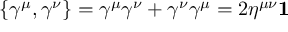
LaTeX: \displaystyle \{ \gamma ^ { \mu } , \gamma ^ { \nu } \} = \gamma ^ { \mu } \gamma ^ { \nu } + \gamma ^ { \nu } \gamma ^ { \mu } = 2 \eta ^ { \mu \nu } \mathbf { 1 }